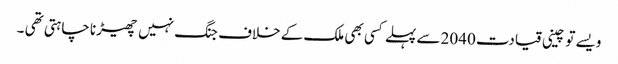
ویسے تو چینی قیادت 2040 سے پہلے کسی بھی ملک کے خلاف جنگ نہیں چھیڑنا چاہتی تھی ۔